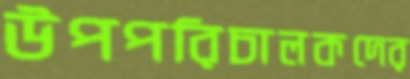
উপপরিচালকদের